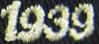
1939